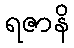
ရဇာနိ